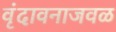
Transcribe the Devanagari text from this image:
वृंदावनाजवळ